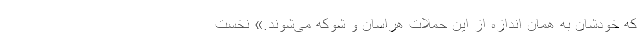
که خودشان به همان اندازه از این حملات هراسان و شوکه می‌شوند.» نخست